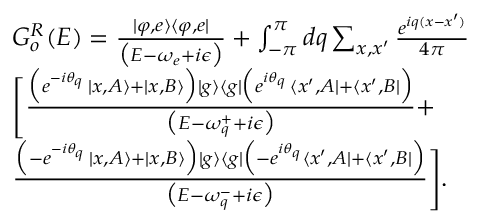
\begin{array} { r l } & { G _ { o } ^ { R } ( E ) = \frac { | \varphi , e \rangle \langle \varphi , e | } { \big ( E - \omega _ { e } + i \epsilon \big ) } + \int _ { - \pi } ^ { \pi } d q \sum _ { x , x ^ { \prime } } \frac { e ^ { i q ( x - x ^ { \prime } ) } } { 4 \pi } } \\ & { \Bigg [ \frac { \Big ( e ^ { - i \theta _ { q } } \, | x , A \rangle + | x , B \rangle \Big ) | g \rangle \langle g | \Big ( e ^ { i \theta _ { q } } \, \langle x ^ { \prime } , A | + \langle x ^ { \prime } , B | \Big ) } { \big ( E - \omega _ { q } ^ { + } + i \epsilon \big ) } + } \\ & { \frac { \Big ( - e ^ { - i \theta _ { q } } \, | x , A \rangle + | x , B \rangle \Big ) | g \rangle \langle g | \Big ( - e ^ { i \theta _ { q } } \langle x ^ { \prime } , A | + \langle x ^ { \prime } , B | \Big ) } { \big ( E - \omega _ { q } ^ { - } + i \epsilon \big ) } \Bigg ] . } \end{array}